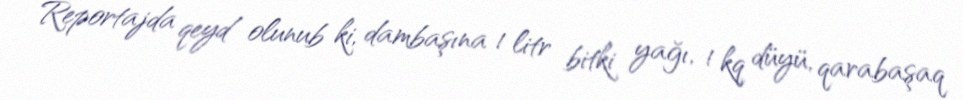
Reportajda qeyd olunub ki, dambaşına 1 litr bitki yağı, 1 kq düyü, qarabaşaq